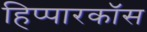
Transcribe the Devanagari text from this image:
हिप्पारकॉस